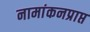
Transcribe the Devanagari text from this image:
नामांकनप्राप्त